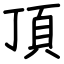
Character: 頂